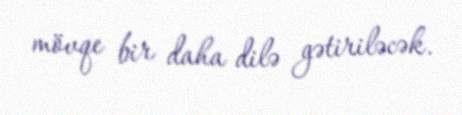
mövqe bir daha dilə gətiriləcək.